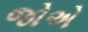
જોએ